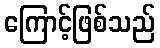
ကြောင့်ဖြစ်သည်